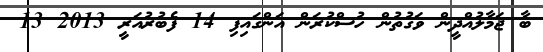
ބާ ޖަމާލުއްދީން ވަގުތުން ހުސްކުރަން އަންގައިފި 14 ފެބުރުއަރީ 2013 13